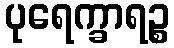
ပုရေက္ခာရဉ္စ